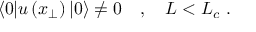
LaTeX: \langle 0 | u \left( x _ { \perp } \right) | 0 \rangle \neq 0 \quad , \quad L < L _ { c } \ .